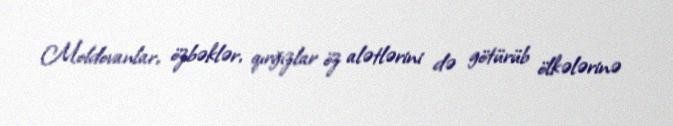
Moldovanlar, özbəklər, qırğızlar öz alətlərini də götürüb ölkələrinə